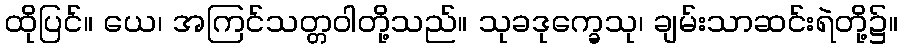
ထိုပြင်။ ယေ၊ အကြင်သတ္တဝါတို့သည်။ သုခဒုက္ခေသု၊ ချမ်းသာဆင်းရဲတို့၌။